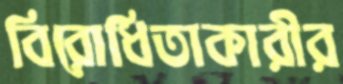
বিরোধিতাকারীর